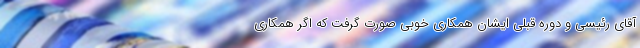
آقای رئیسی و دوره قبلی ایشان همکاری خوبی صورت گرفت که اگر همکاری